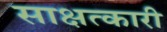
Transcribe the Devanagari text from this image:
साक्षत्कारी